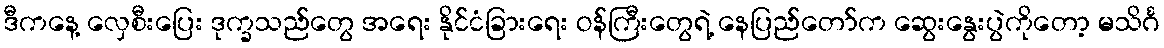
ဒီကနေ့ လှေစီးပြေး ဒုက္ခသည်တွေ အရေး နိုင်ငံခြားရေး ဝန်ကြီးတွေရဲ့ နေပြည်တော်က ဆွေးနွေးပွဲကိုတော့ မသိင်္ဂ